Civil Veterinary Dept. Bombay admin report 1923-31 - 1923-1931
Year: 1923
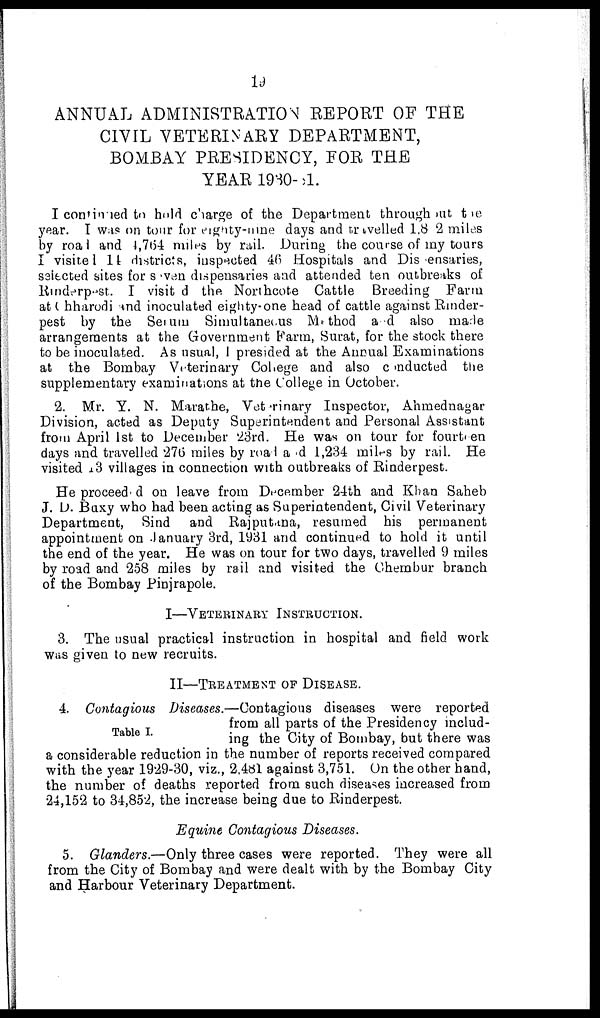
19
ANNUAL ADMINISTRATION REPORT OF THE
CIVIL VETERINARY DEPARTMENT,
BOMBAY PRESIDENCY, FOR THE
YEAR 1930-31.
I continued to hold charge of the Department throughout the
year. I was on tour for eighty-nine days and travelled 1.8 2 miles
by road and 4,764 miles by rail. During the course of my tours
I visited 14 districts, inspected 46 Hospitals and Dispensaries,
selected sites for seven dispensaries and attended ten outbreaks of
Rinderpest. I visit d the Northcote Cattle Breeding Farm
at Chharodi and inoculated eighty-one head of cattle against Rinder-
pest by the Serum Simultaneous Method and also made
arrangements at the Government Farm, Surat, for the stock there
to be inoculated. As usual, I presided at the Annual Examinations
at the Bombay Veterinary College and also conducted the
supplementary examinations at the College in October.
2. Mr. Y. N. Marathe, Veterinary Inspector, Ahmednagar
Division, acted as Deputy Superintendent and Personal Assistant
from April 1st to December 23rd. He was on tour for fourteen
days and travelled 276 miles by road and 1,234 miles by rail. He
visited 13 villages in connection with outbreaks of Rinderpest.
He proceeded on leave from December 24th and Khan Saheb
J. D. Buxy who had been acting as Superintendent, Civil Veterinary
Department, Sind and Rajputana, resumed his permanent
appointment on January 3rd, 1931 and continued to hold it until
the end of the year. He was on tour for two days, travelled 9 miles
by road and 258 miles by rail and visited the Chembur branch
of the Bombay Pinjrapole.
I—VETERINARY INSTRUCTION.
3. The usual practical instruction in hospital and field work
was given to new recruits.
II—TREATMENT OF DISEASE.
Table I.
4. Contagious Diseases.— Contagious diseases were reported
from all parts of the Presidency includ-
ing the City of Bombay, but there was
a considerable reduction in the number of reports received compared
with the year 1929-30, viz., 2,481 against 3,751. On the other hand,
the number of deaths reported from such diseases increased from
24,152 to 34,852, the increase being due to Rinderpest.
Equine Contagious Diseases.
5. Glanders.—Only three cases were reported. They were all
from the City of Bombay and were dealt with by the Bombay City
and Harbour Veterinary Department.